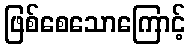
ဖြစ်စေသောကြောင့်